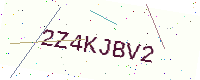
Text: 2Z4KJBV2